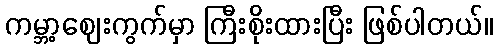
ကမ္ဘာ့ဈေးကွက်မှာ ကြီးစိုးထားပြီး ဖြစ်ပါတယ်။